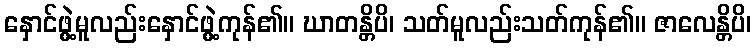
နှောင်ဖွဲ့မူလည်းနှောင်ဖွဲ့ကုန်၏။ ဃာတန္တိပိ၊ သတ်မူလည်းသတ်ကုန်၏။ ဇာလေန္တိပိ၊